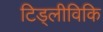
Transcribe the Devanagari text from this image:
टिड्लीविकि